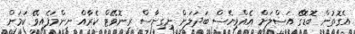
އެގޮތުން ބޮޑޮގޭ އަސްލަށް އެއްވިޔެސް ބަދަލަށް ނިގިނާސް ރިނޮވޭޓް ކެރާއް ނިންމަފެއިވޭ ކަމަށް